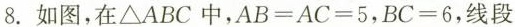
8. 如图，在ΔABC中，$$A B = A C = 5$$，$$B C = 6$$，线段